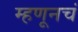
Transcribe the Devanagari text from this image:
म्हणूनचं